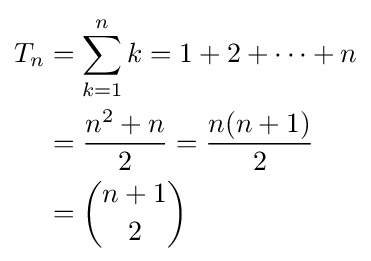
\displaystyle {\begin{aligned}T_{n}&=\sum _{k=1}^{n}k=1+2+\dotsb +n\\&={\frac {n^{2}+n{\vphantom {(n+1)}}}{2}}={\frac {n(n+1)}{2}}\\&={n+1 \choose 2}\end{aligned}}